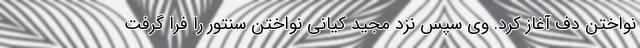
نواختن دف آغاز کرد. وی سپس نزد مجید کیانی نواختن سنتور را فرا گرفت